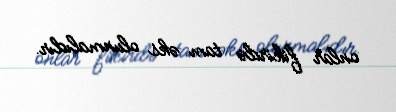
onlar fikirdə tam əks olunmalıdır.